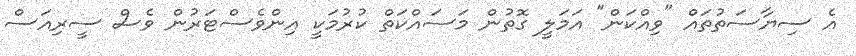
އެ ސިޔާސަތުތައް "ވިއްކަން" އަމަލީ ގޮތުން މަސައްކަތް ކުރުމަކީ އިންވެސްޓަރުން ވެސް ސީރިއަސް